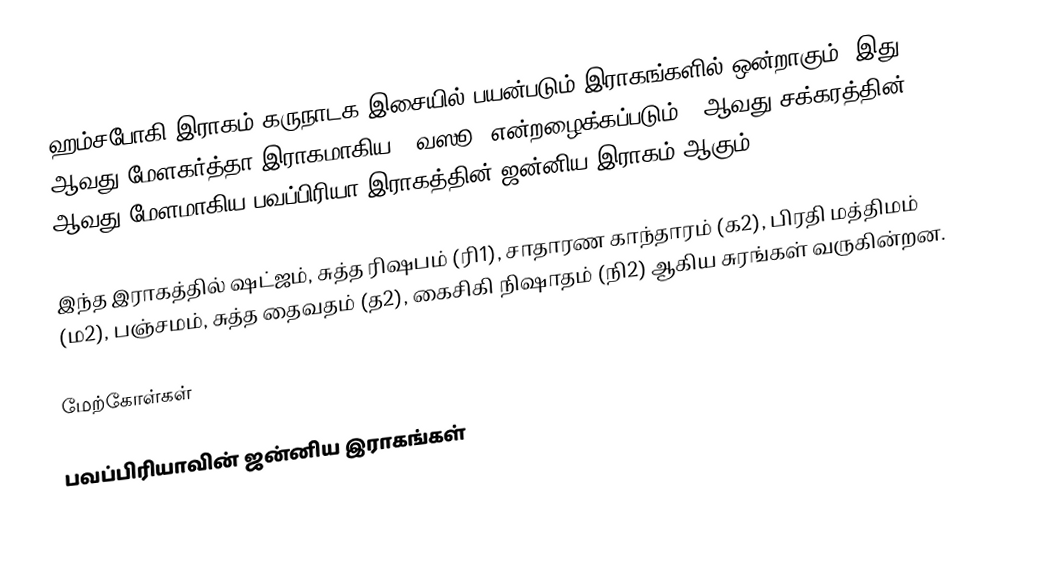
ஹம்சபோகி இராகம் கருநாடக இசையில் பயன்படும் இராகங்களில் ஒன்றாகும். இது 44 ஆவது மேளகர்த்தா இராகமாகிய, "வஸூ" என்றழைக்கப்படும் 7 ஆவது சக்கரத்தின் 2 ஆவது மேளமாகிய பவப்பிரியா இராகத்தின் ஜன்னிய இராகம் ஆகும்.

இந்த இராகத்தில் ஷட்ஜம், சுத்த ரிஷபம் (ரி1), சாதாரண காந்தாரம் (க2), பிரதி மத்திமம் (ம2), பஞ்சமம், சுத்த தைவதம் (த2), கைசிகி நிஷாதம் (நி2) ஆகிய சுரங்கள் வருகின்றன.

மேற்கோள்கள்

பவப்பிரியாவின் ஜன்னிய இராகங்கள்